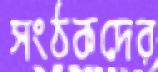
সংঠকদের